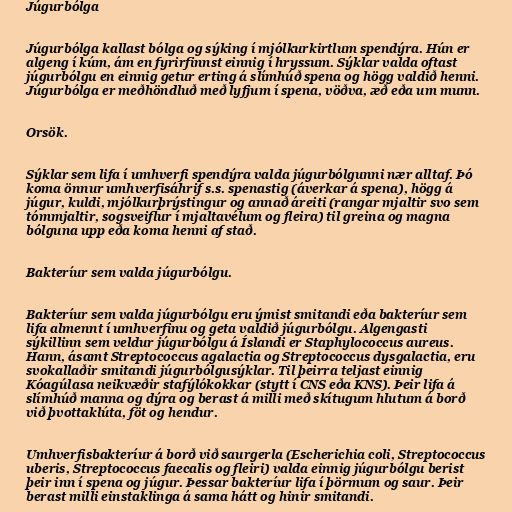
Júgurbólga

Júgurbólga kallast bólga og sýking í mjólkurkirtlum spendýra. Hún er
algeng í kúm, ám en fyrirfinnst einnig í hryssum. Sýklar valda oftast
júgurbólgu en einnig getur erting á slímhúð spena og högg valdið henni.
Júgurbólga er meðhöndluð með lyfjum í spena, vöðva, æð eða um munn.

Orsök.

Sýklar sem lifa í umhverfi spendýra valda júgurbólgunni nær alltaf. Þó
koma önnur umhverfisáhrif s.s. spenastig (áverkar á spena), högg á
júgur, kuldi, mjólkurþrýstingur og annað áreiti (rangar mjaltir svo sem
tómmjaltir, sogsveiflur í mjaltavélum og fleira) til greina og magna
bólguna upp eða koma henni af stað.

Bakteríur sem valda júgurbólgu.

Bakteríur sem valda júgurbólgu eru ýmist smitandi eða bakteríur sem
lifa almennt í umhverfinu og geta valdið júgurbólgu. Algengasti
sýkillinn sem veldur júgurbólgu á Íslandi er Staphylococcus aureus.
Hann, ásamt Streptococcus agalactia og Streptococcus dysgalactia, eru
svokallaðir smitandi júgurbólgusýklar. Til þeirra teljast einnig
Kóagúlasa neikvæðir stafýlókokkar (stytt í CNS eða KNS). Þeir lifa á
slímhúð manna og dýra og berast á milli með skítugum hlutum á borð
við þvottaklúta, föt og hendur.

Umhverfisbakteríur á borð við saurgerla (Escherichia coli, Streptococcus
uberis, Streptococcus faecalis og fleiri) valda einnig júgurbólgu berist
þeir inn í spena og júgur. Þessar bakteríur lifa í þörmum og saur. Þeir
berast milli einstaklinga á sama hátt og hinir smitandi.